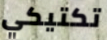
تكتيكي